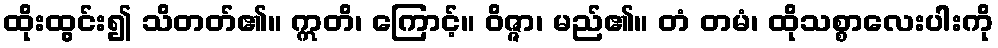
ထိုးထွင်း၍ သိတတ်၏။ ဣတိ၊ ကြောင့်။ ဝိဇ္ဇာ၊ မည်၏။ တံ တမံ၊ ထိုသစ္စာလေးပါးကို